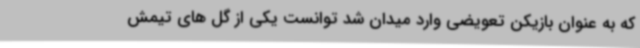
که به عنوان بازیکن تعویضی وارد میدان شد توانست یکی از گل های تیمش